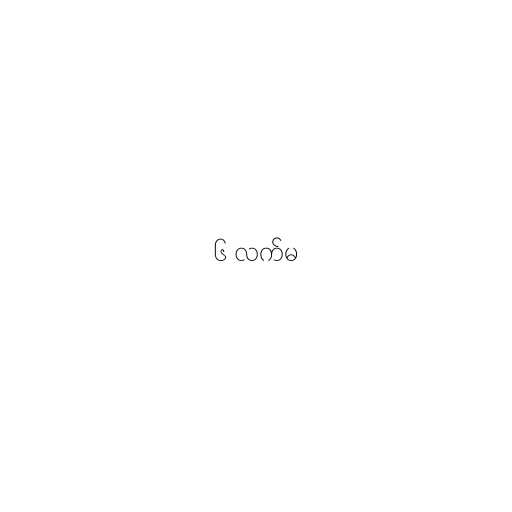
၆ လက်မ